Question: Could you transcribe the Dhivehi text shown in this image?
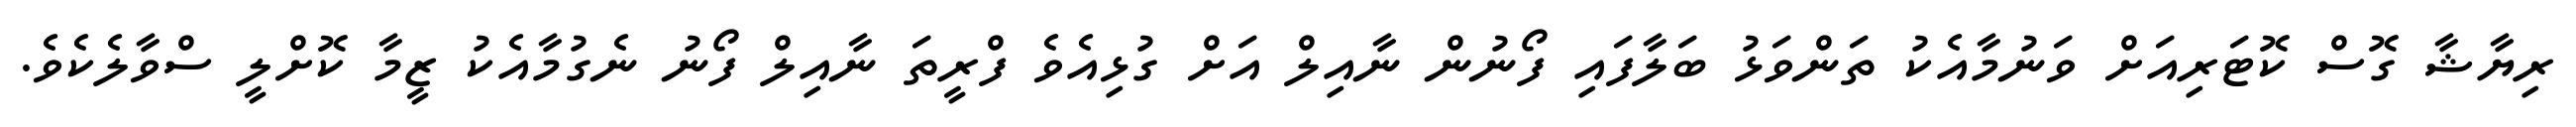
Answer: ރިޔާޝާ ގޮސް ކޮޓަރިއަށް ވަނުމާއެކު ތަންވަޅު ބަލާފައި ފޯނުން ނާއިލް އަށް ގުޅިއެވެ ފްރީތަ ނާއިލް ފޯނު ނެގުމާއެކު ޒީމާ ކޮށްލީ ސްވާލެކެވެ.